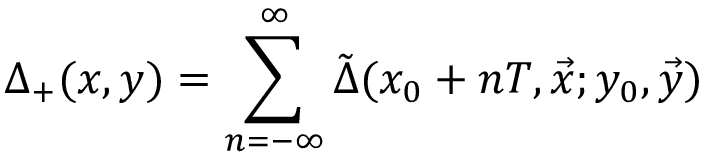
\Delta _ { + } ( x , y ) = \sum _ { n = - \infty } ^ { \infty } \tilde { \Delta } ( x _ { 0 } + n T , \vec { x } ; y _ { 0 } , \vec { y } )